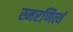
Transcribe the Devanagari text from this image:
स्मरणित्यं